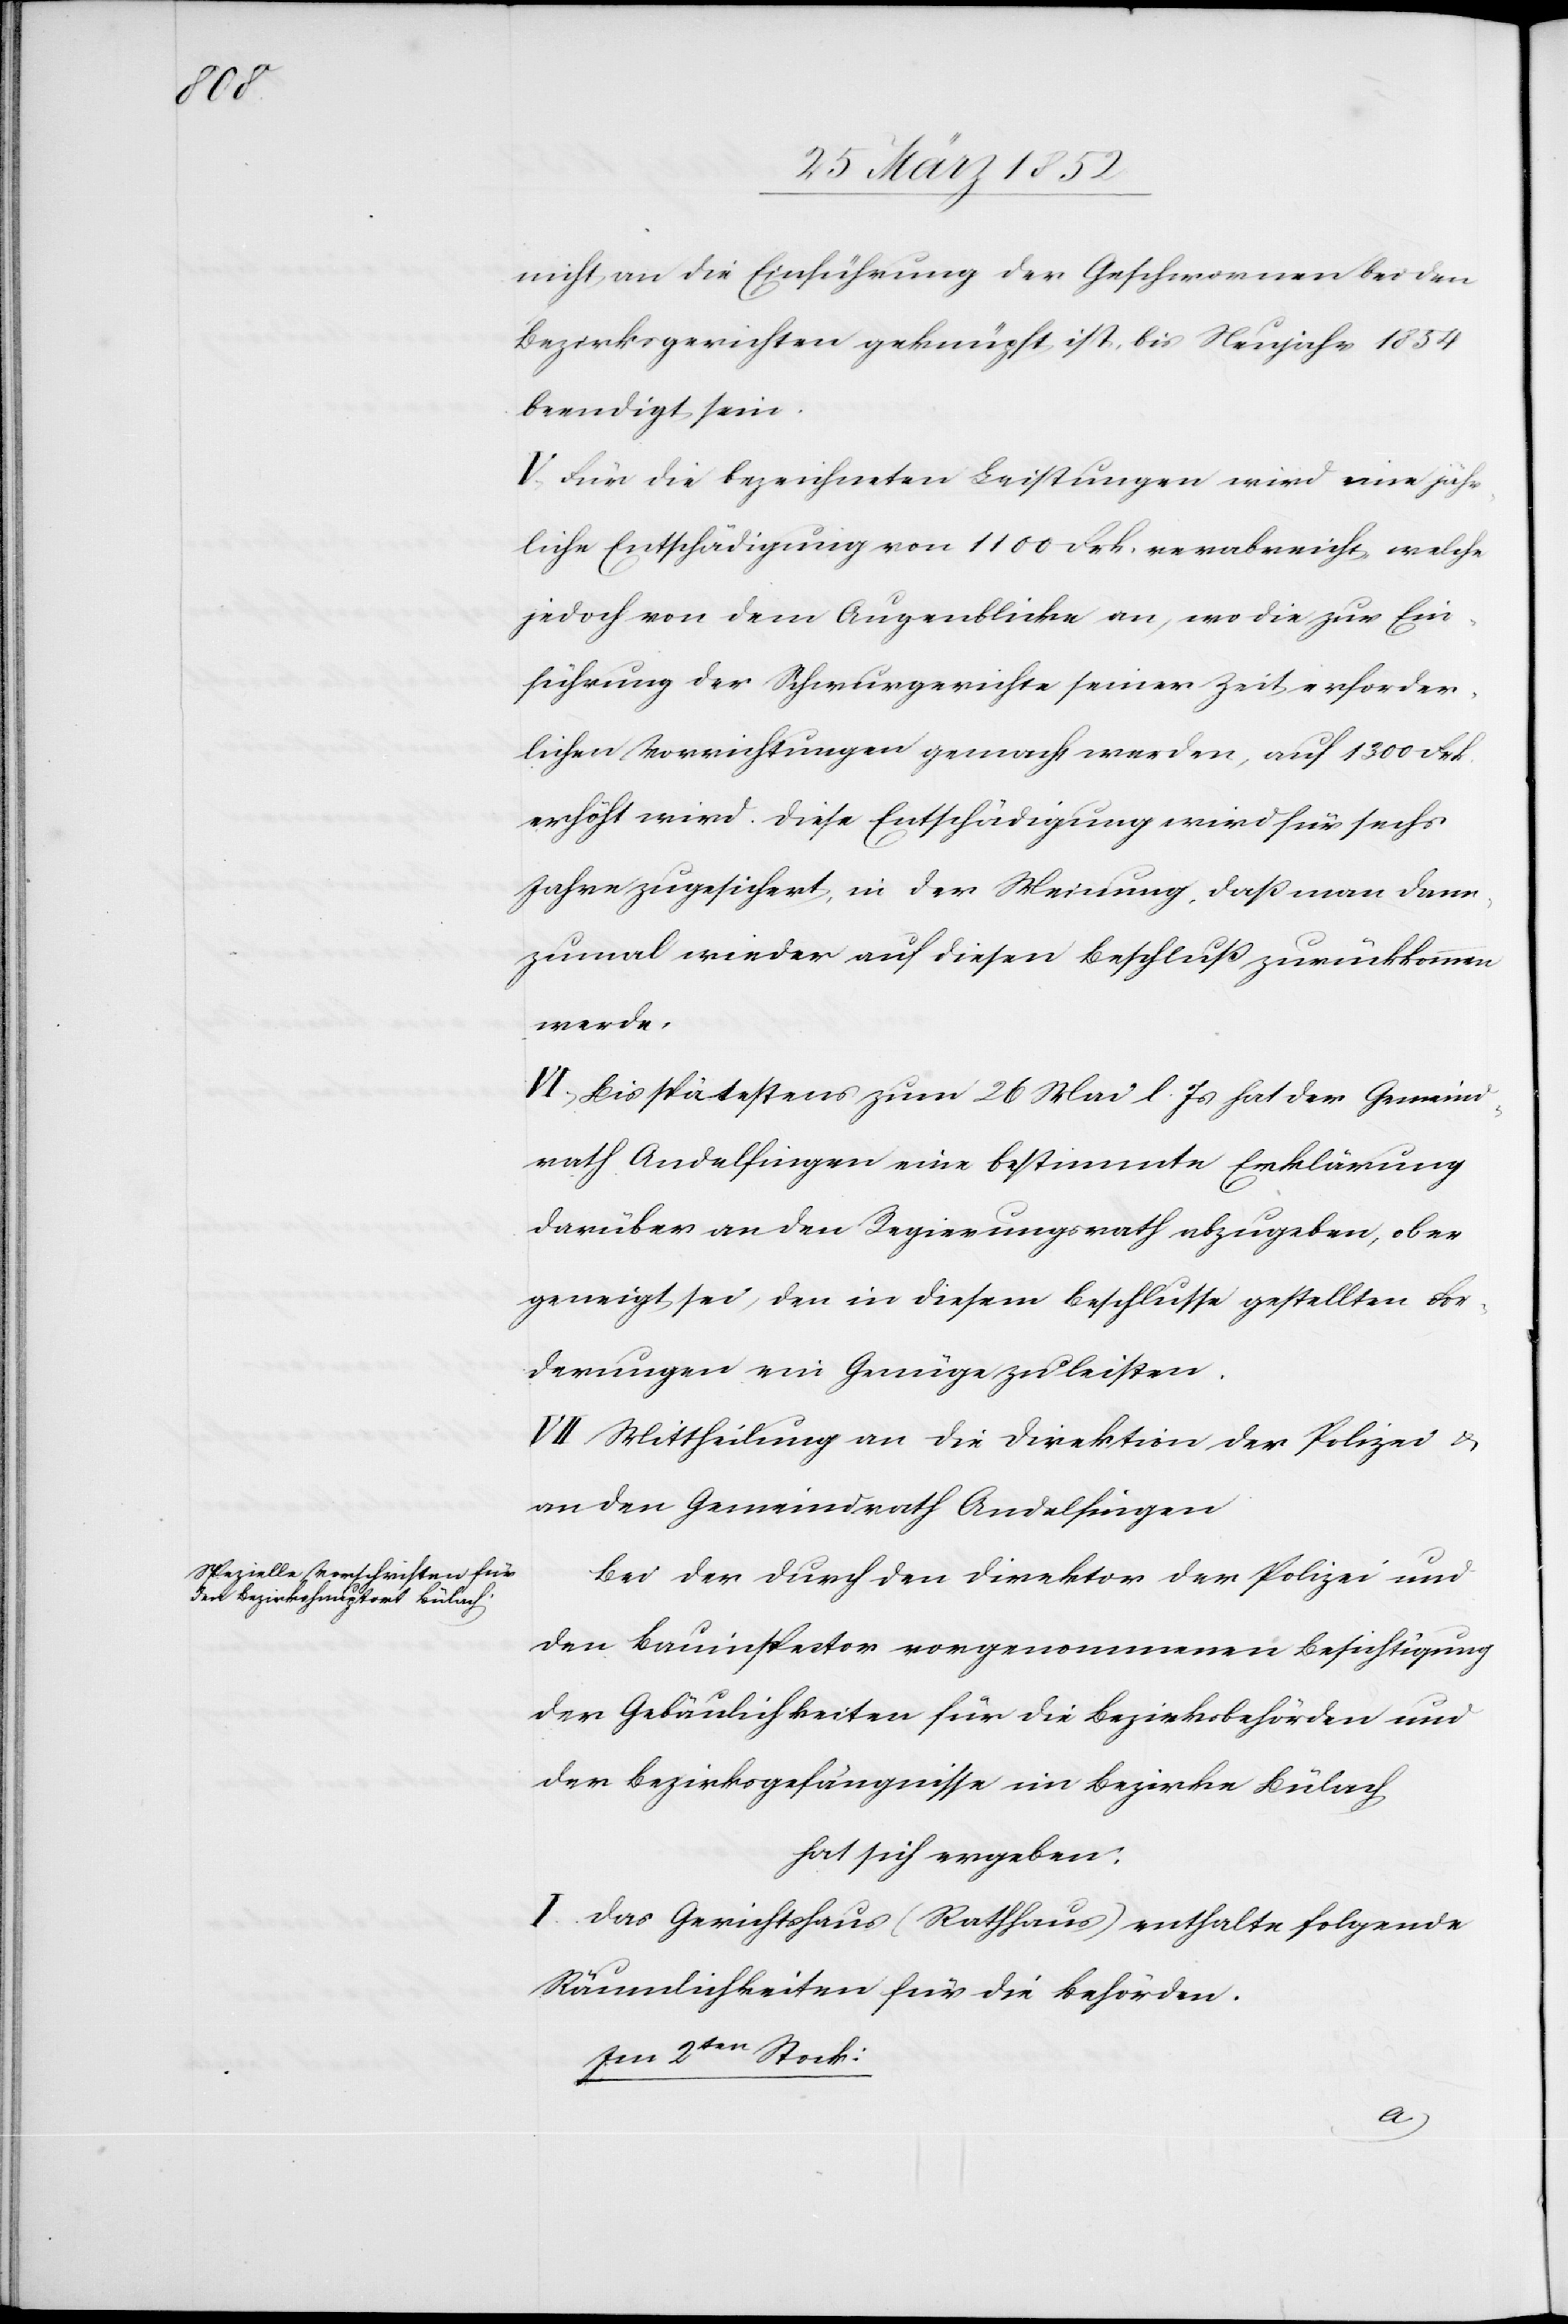
nicht an die Einführung der Geschwornen bei den
Bezirksgerichten geknüpft ist, bis Neujahr 1834
beendigt sein.
V. Für die bezeichneten Leistungen wird eine jähr¬
liche Entschädigung von 1100 Frk. verabreicht, welche
jedoch von dem Augenblicke an, wo die zur Ein¬
führung der Schwurgerichte seiner Zeit erforder¬
lichen Vorrichtungen gemacht werden, auf 1300 Frk.
erhöht wird. Diese Entschädigung wird für sechs
Jahre zugesichert, in der Meinung, daß man dann¬
zumal wieder auf diesen Beschluß zurückkommen
werde.
VI. Bis spätestens zum 26 Mai l. Js hat der Gemeind¬
rath Andelfingen eine bestimmte Erklärung
darüber an den Regierungsrath abzugeben, ob er
geneigt sei, den in diesem Beschlusse gestellten For¬
derungen ein Genüge zu leisten.
VII. Mittheilung an die Direktion der Polizei u.
an den Gemeindrath Andelfingen.
Bei der durch den Direktor der Polizei und
den Bauinspektor vorgenommenen Besichtigung
der Gebäulichkeiten für die Bezirksbehörden und
der Bezirksgefängnisse im Bezirke Bülach
hat sich ergeben:
I. Das Gerichtshaus (Rathaus) enthalte folgende
Räumlichkeiten für die Behörden.
Im 2ten Stock: